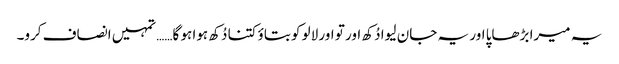
یہ میرا بڑھاپا اور یہ جان لیوا دُکھ اور تو اور لالو کو بتاؤ کتنا دُکھ ہوا ہو گا…… تمہیں انصاف کرو۔